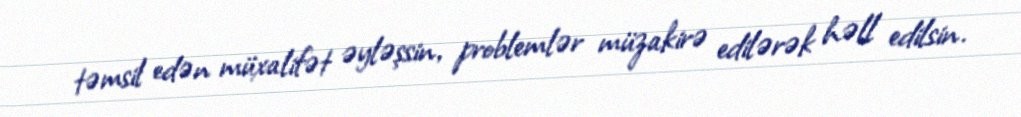
təmsil edən müxalifət əyləşsin, problemlər müzakirə edilərək həll edilsin.